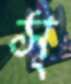
স্